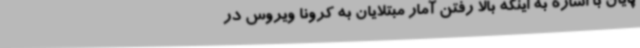
پایان با اشاره به اینکه بالا رفتن آمار مبتلایان به کرونا ویروس در